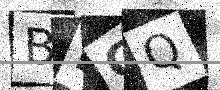
Text: BRGQ